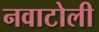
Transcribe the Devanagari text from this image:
नवाटोली